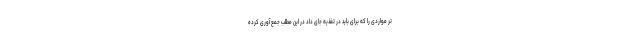
تر مواردی را که برای باید در تغذیه جای داد در این مطلب جمع آوری کرده